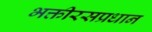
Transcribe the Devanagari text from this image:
भक्तीरसप्रधान